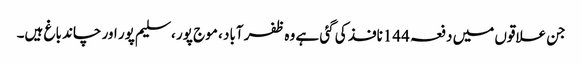
جن علاقوں میں دفعہ 144نافذ کی گئی ہے وہ ظفر آباد ، موج پور ، سلیم پور اور چاند باغ ہیں۔